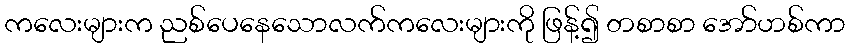
ကလေးများက ညစ်ပေနေသောလက်ကလေးများကို ဖြန့်၍ တစာစာ အော်ဟစ်ကာ